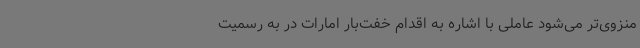
منزوی‌تر می‌شود عاملی با اشاره به اقدام خفت‌بار امارات در به رسمیت